Burma Government Medical School reports 1907-22
Year: 1907
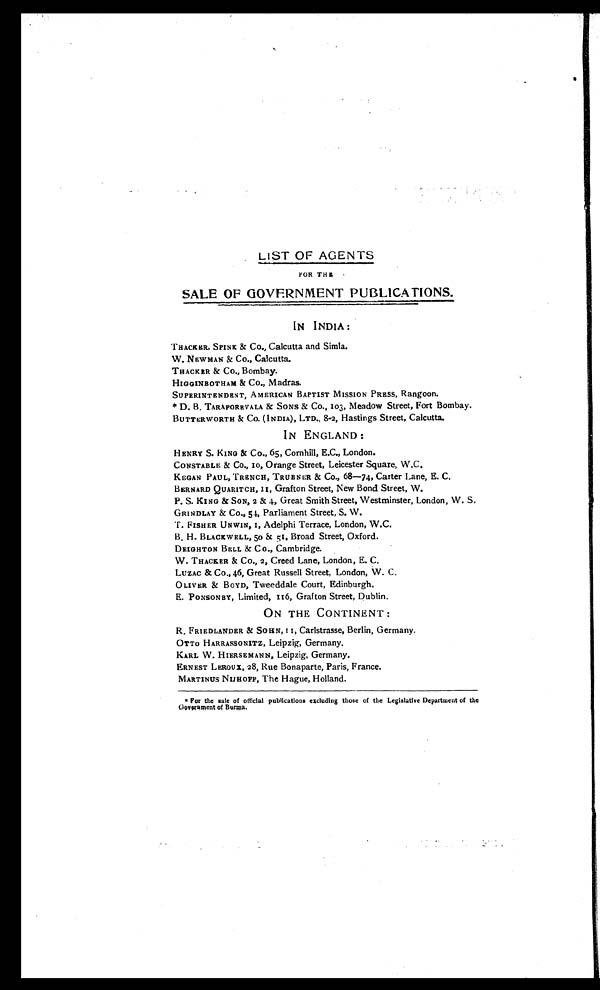
LIST OF AGENTS
FOR THE
SALE OF GOVERNMENT PUBLICATIONS.
IN INDIA:
THACKER, SPINK & Co., Calcutta and Simla.
W. NEWMAN & Co., Calcutta.
THACKER & CO., Bombay.
HIGGINBOTHAM & Co., Madras.
SUPERINTENDENT, AMERICAN BAPTIST MISSION PRESS, Rangoon.
* D. B. TARAPOREVALA & SONS & Co., 103, Meadow Street, Fort Bombay.
BUTTERWORTH & Co. (INDIA), LTD., 8-2, Hastings Street, Calcutta.
IN ENGLAND:
HENRY S. KING & Co., 65, Cornhill, E.C., London.
CONSTABLE & Co., 10, Orange Street, Leicester Square, W.C.
KEGAN PAUL, TRENCH, TRUBNER & CO., 68—74, Carter Lane, E. C.
BERNARD QUARITCH, 11, Grafton Street, New Bond Street, W.
P. S. KING & SON, 2 & 4, Great Smith Street, Westminster, London, W. S.
GRINDLAY & Co., 54, Parliament Street, S. W.
T. FISHER UNWIN, 1, Adelphi Terrace, London, W.C.
B. H. BLACKWELL, 50 & 51, Broad Street, Oxford.
DEIGHTON BELL & Co., Cambridge.
W. THACKER & Co., 2, Creed Lane, London, E. C.
LUZAC & Co., 46, Great Russell Street, London, W. C.
OLIVER & BOYD, Tweeddale Court, Edinburgh.
E. PONSONBY, Limited, 116, Grafton Street, Dublin.
ON THE CONTINENT:
R. FRIEDLANDER & SOHN, 11, Carlstrasse, Berlin, Germany.
OTTO HARRASSONITZ, Leipzig, Germany.
KARL W. HIERSEMANN, Leipzig, Germany.
ERNEST LEROUX, 28, Rue Bonaparte, Paris, France.
MARTINUS NIJHOFF, The Hague, Holland.
* For the sale of official publications excluding those of the Legislative Department of the
Government of Burma.